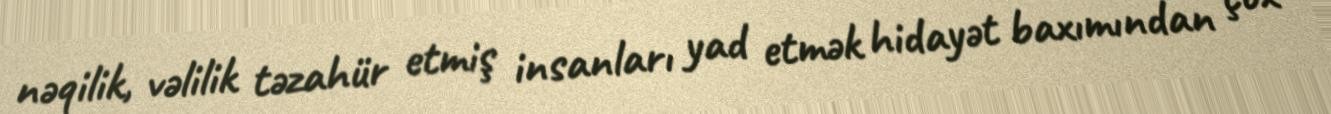
nəqilik, vəlilik təzahür etmiş insanları yad etmək hidayət baxımından çox